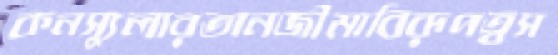
কনস্যুলারতানজীমাবিরূপত্বস